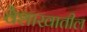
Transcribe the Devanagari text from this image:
वैशाखातील